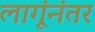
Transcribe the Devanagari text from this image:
लागूंनंतर